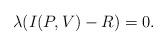
LaTeX: \begin{align*}\lambda (I(P,V) - R) = 0 .\end{align*}